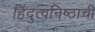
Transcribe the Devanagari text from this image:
हिंदुत्वनिष्ठाची